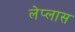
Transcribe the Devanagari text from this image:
लेप्लास